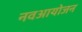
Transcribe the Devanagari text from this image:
नवआयोजन